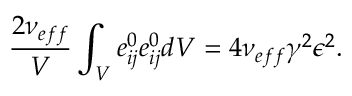
\frac { 2 \nu _ { e f f } } { V } \int _ { V } e _ { i j } ^ { 0 } e _ { i j } ^ { 0 } d V = 4 \nu _ { e f f } \gamma ^ { 2 } \epsilon ^ { 2 } .